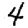
Digit: 4